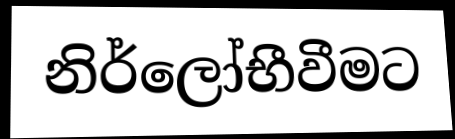
නිර්ලෝභීවීමට